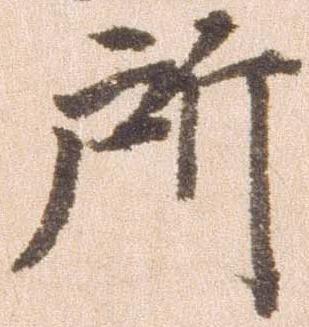
所